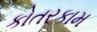
કોતરકામ